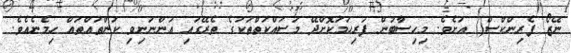
ނޭޒޯ ފެރިންކްސް() އަށެވެ. މިހިސާބުން ފުރިހަމަކޮށްދޭ މަސައްކަތްތަކުގެ ތެރޭގައި އަންނަނިވި ކަންތައްތައް ހިމެނެއެވެ.